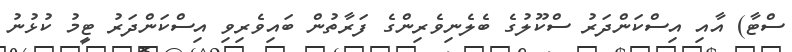
ސްޓާ) އާއި އިސްކަންދަރު ސްކޫލުގެ ބެލެނިވެރިންގެ ފަރާތުން ބައިވެރިވި އިސްކަންދަރު ޓީމު ކުޅުނު